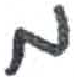
אות: מ